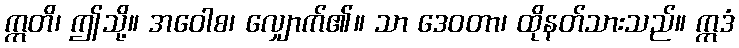
ဣတိ၊ ဤသို့။ အဝေါစ၊ လျှောက်၏။ သာ ဒေဝတာ၊ ထိုနတ်သားသည်။ ဣဒံ